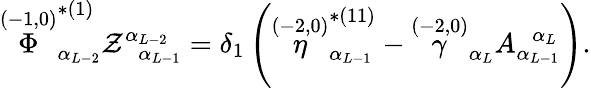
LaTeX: \stackrel{(-1,0)}{\Phi}_{\alpha_{L-2}}^{*(1)}\mathcal{Z}_{\; \; \alpha_{L-1}}^{\alpha_{L-2}}=\delta_{1}\left(\stackrel{(-2,0)}{\eta}_{\alpha_{L-1}}^{*(11)}-\stackrel{(-2,0)}{\gamma}_{\alpha_{L}}A_{\alpha_{L-1}}^{\; \; \alpha_{L}}\right).